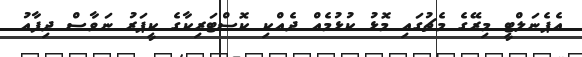
އެޕެނަލްޓީ މިރޭގެ މެޗުގައި މޮޅު ކުޅުމެއް ދެއްކި ކޮސްޓަރިކާގެ ކީޕަރު ނަވާސް ދިފާއު